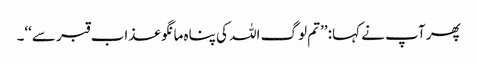
پھر آپ نے کہا: ’’تم لوگ اللہ کی پناہ مانگو عذاب قبر سے‘‘۔